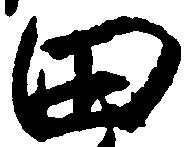
田